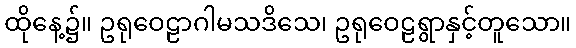
ထိုနေ့၌။ ဥရုဝေဠာဂါမသဒိသေ၊ ဥရုဝေဠရွာနှင့်တူသော။